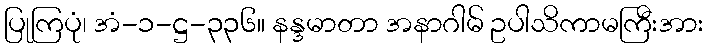
ပြုကြပုံ၊ အံ-၁-ဋ္ဌ-၃၃၆။ နန္ဒမာတာ အနာဂါမ် ဥပါသိကာမကြီးအား